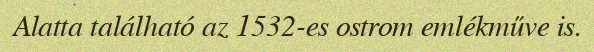
Alatta található az 1532-es ostrom emlékműve is.